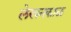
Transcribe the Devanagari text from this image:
लेखनकाळ